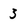
Character: 3